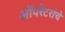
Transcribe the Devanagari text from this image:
ऑपरेटरांचे